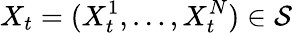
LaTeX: X_{t}=(X_{t}^{1},\ldots,X_{t}^{N})\in\mathcal{S}